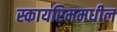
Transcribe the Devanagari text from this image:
स्कायरिममधील